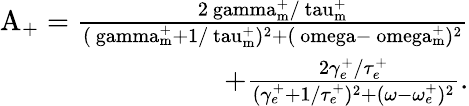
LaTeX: \begin{array}{r}{\mathrm{{A_{+}}=\frac{2\ gamma_{m}^{+}/\ tau_{m}^{+}}{(\ gamma_{m}^{+}+1/\ tau_{m}^{+})^{2}+(\ omega-\ omega_{m}^{+})^{2}}}}\\ {+\frac{2\gamma_{e}^{+}/\tau_{e}^{+}}{(\gamma_{e}^{+}+1/\tau_{e}^{+})^{2}+(\omega-\omega_{e}^{+})^{2}}.}\end{array}